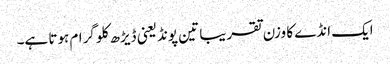
ایک انڈے کا وزن تقریبا تین پونڈ یعنی ڈیڑھ کلو گرام ہوتا ہے۔